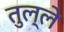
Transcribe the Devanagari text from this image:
तुल्ले